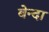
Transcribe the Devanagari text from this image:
बेन्दा